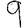
Digit: 9